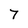
Character: 7